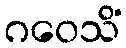
ဂဝေသိံ